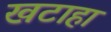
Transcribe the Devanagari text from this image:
खटाहा